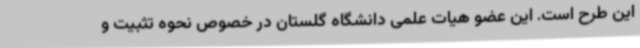
این طرح است. این عضو هیات علمی دانشگاه گلستان در خصوص نحوه تثبیت و